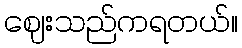
ဈေးသည်ကရတယ်။